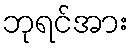
ဘုရင်အား